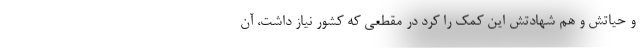
و حیاتش و هم شهادتش این کمک را کرد در مقطعی که کشور نیاز داشت، آن